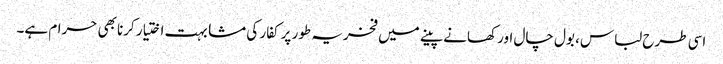
اسی طرح لباس، بول چال اور کھانے پینے میں فخریہ طور پر کفار کی مشابہت اختیار کرنا بھی حرام ہے۔